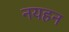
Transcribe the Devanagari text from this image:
नयहन